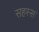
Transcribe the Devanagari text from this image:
सहस्स